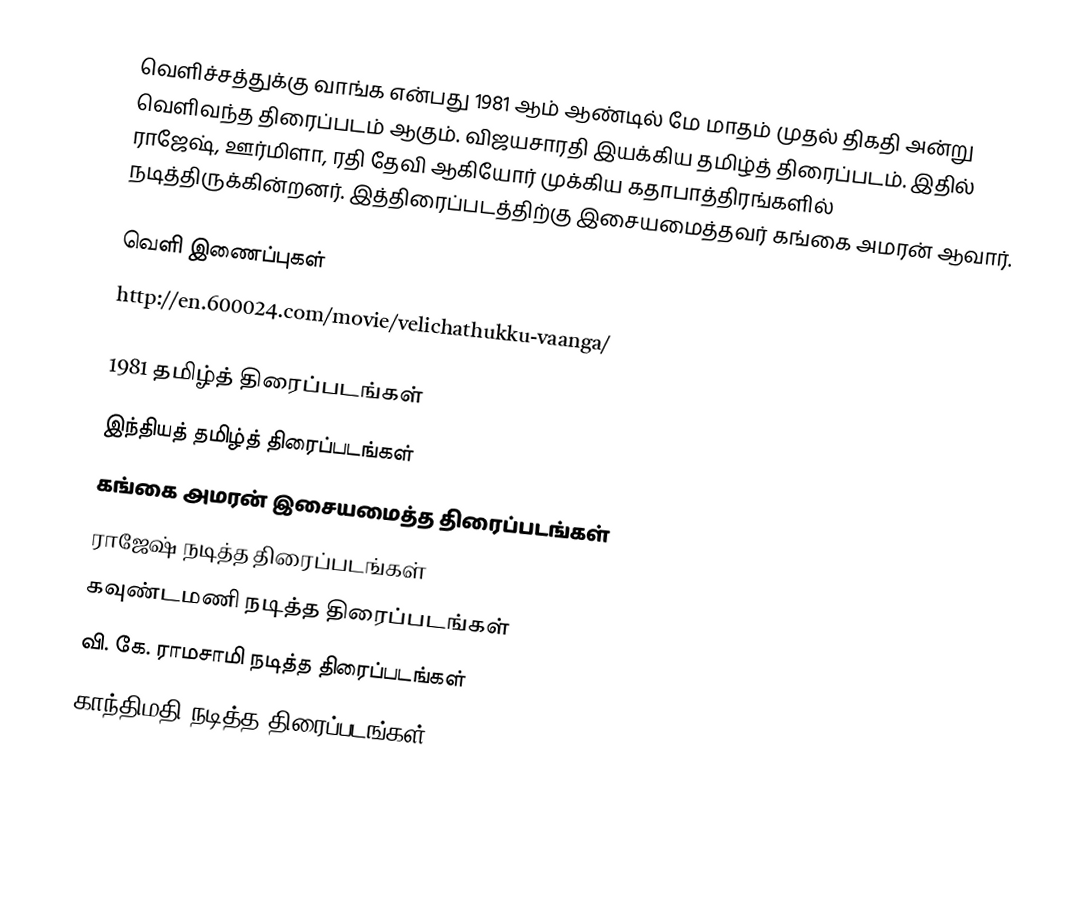
வெளிச்சத்துக்கு வாங்க என்பது 1981 ஆம் ஆண்டில் மே மாதம் முதல் திகதி அன்று வெளிவந்த திரைப்படம் ஆகும். விஜயசாரதி இயக்கிய தமிழ்த் திரைப்படம்.  இதில் ராஜேஷ், ஊர்மிளா, ரதி தேவி ஆகியோர் முக்கிய கதாபாத்திரங்களில் நடித்திருக்கின்றனர். இத்திரைப்படத்திற்கு இசையமைத்தவர் கங்கை அமரன் ஆவார்.

வெளி இணைப்புகள்
 http://en.600024.com/movie/velichathukku-vaanga/

1981 தமிழ்த் திரைப்படங்கள்
இந்தியத் தமிழ்த் திரைப்படங்கள்
கங்கை அமரன் இசையமைத்த திரைப்படங்கள்
ராஜேஷ் நடித்த திரைப்படங்கள்
கவுண்டமணி நடித்த திரைப்படங்கள்
வி. கே. ராமசாமி நடித்த திரைப்படங்கள்
காந்திமதி நடித்த திரைப்படங்கள்